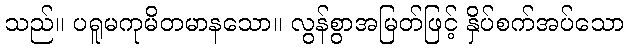
သည်။ ပရူမကုမိတမာနသော။ လွန်စွာအမြတ်ဖြင့် နှိပ်စက်အပ်သော